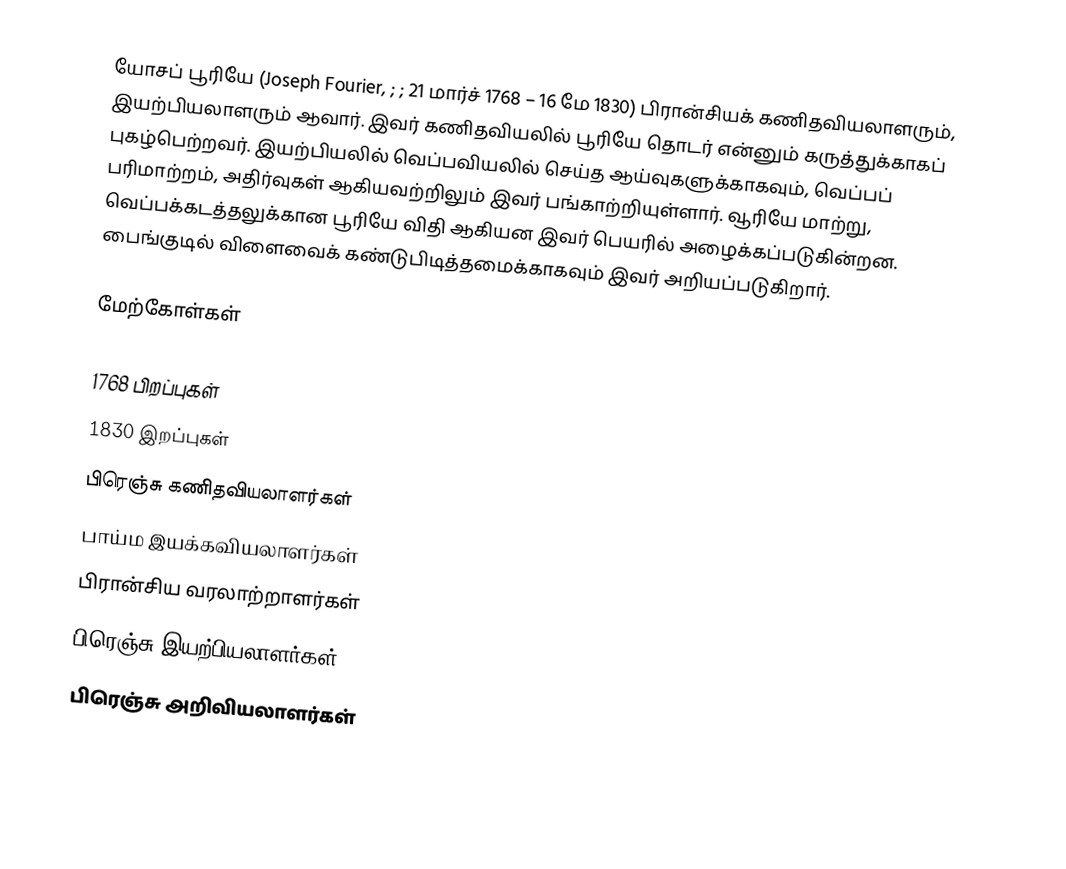
யோசப் பூரியே (Joseph Fourier, ; ; 21 மார்ச் 1768 – 16 மே 1830) பிரான்சியக் கணிதவியலாளரும், இயற்பியலாளரும் ஆவார். இவர் கணிதவியலில் பூரியே தொடர் என்னும் கருத்துக்காகப் புகழ்பெற்றவர். இயற்பியலில் வெப்பவியலில் செய்த ஆய்வுகளுக்காகவும், வெப்பப் பரிமாற்றம், அதிர்வுகள் ஆகியவற்றிலும் இவர் பங்காற்றியுள்ளார். வூரியே மாற்று, வெப்பக்கடத்தலுக்கான பூரியே விதி ஆகியன இவர் பெயரில் அழைக்கப்படுகின்றன. பைங்குடில் விளைவைக் கண்டுபிடித்தமைக்காகவும் இவர் அறியப்படுகிறார்.

மேற்கோள்கள்

1768 பிறப்புகள்
1830 இறப்புகள்
பிரெஞ்சு கணிதவியலாளர்கள்
பாய்ம இயக்கவியலாளர்கள்
பிரான்சிய வரலாற்றாளர்கள்
பிரெஞ்சு இயற்பியலாளர்கள்
பிரெஞ்சு அறிவியலாளர்கள்